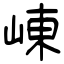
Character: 崠